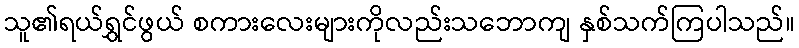
သူ၏ရယ်ရွှင်ဖွယ် စကားလေးများကိုလည်းသဘောကျ နှစ်သက်ကြပါသည်။